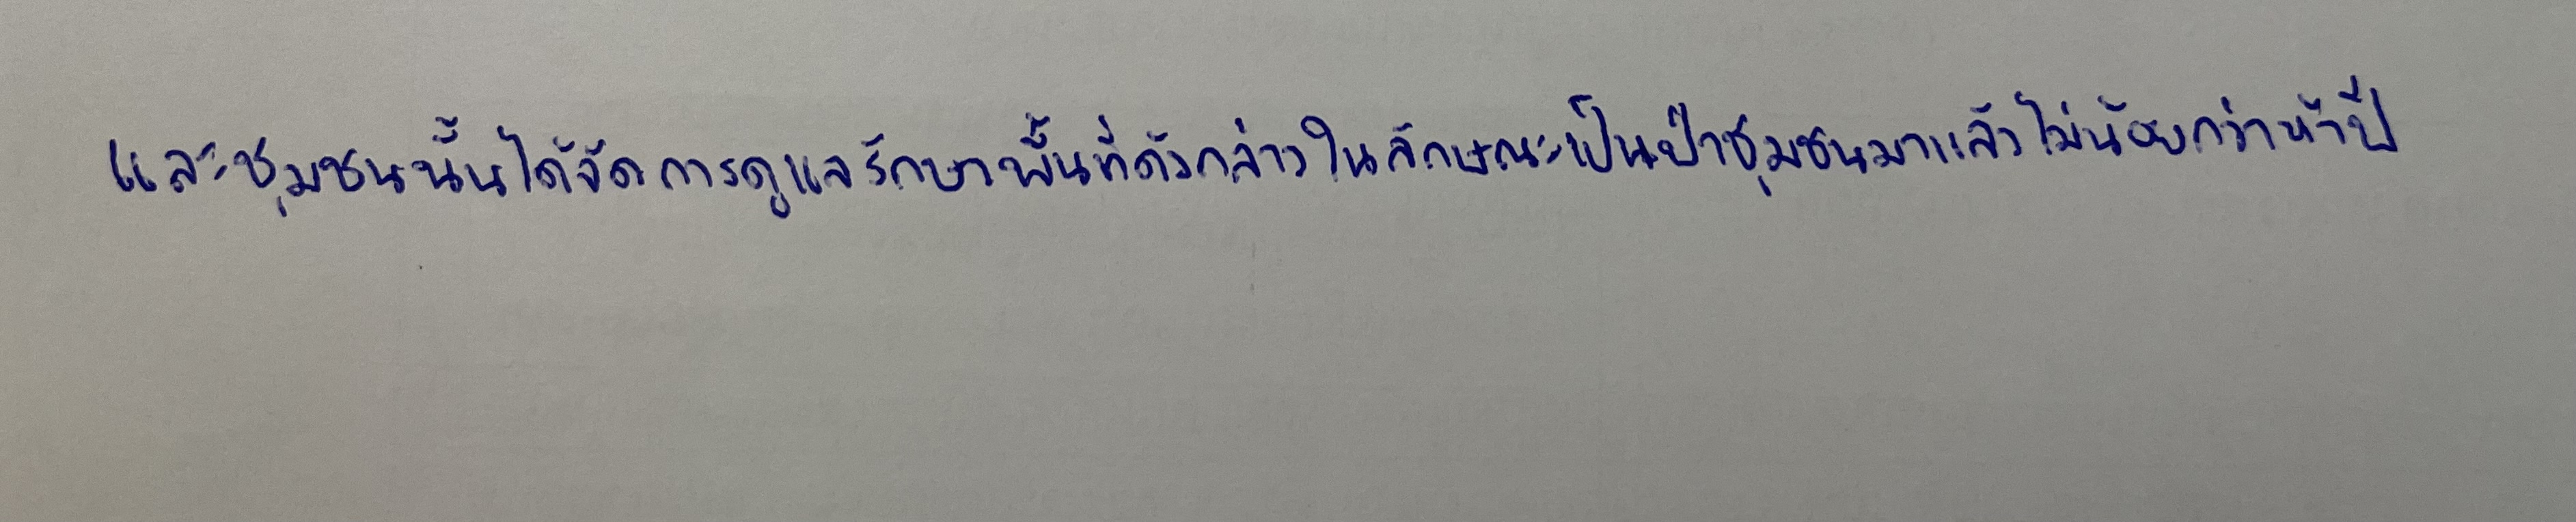
และชุมชนนั้นได้จัดการดูแลรักษาพื้นที่ดังกล่าวในลักษณะเป็นป่าชุมชนมาแล้วไม่น้อยกว่าห้าปี